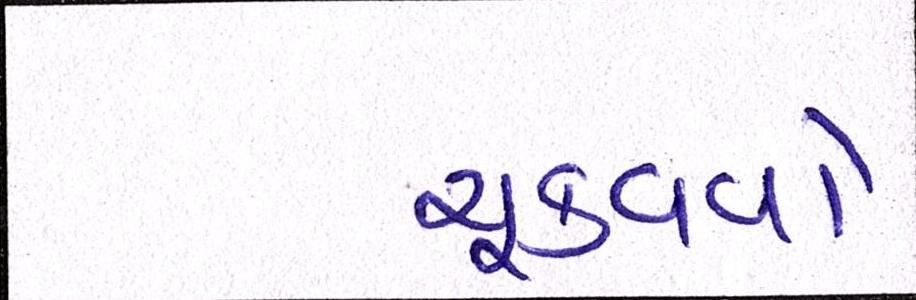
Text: ચૂકવવો